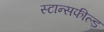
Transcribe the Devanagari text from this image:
स्टान्सफील्ड